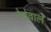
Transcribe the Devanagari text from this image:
रेशेवाले